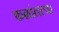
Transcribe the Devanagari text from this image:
फळांतल्या